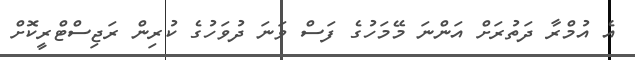
އެ އުމްރާ ދަތުރަށް އަންނަ މޭމަހުގެ ފަސް ވަނަ ދުވަހުގެ ކުރިން ރަޖިސްޓްރީކޮށް